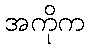
အကိုက